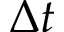
\Delta t